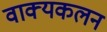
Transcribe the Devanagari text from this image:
वाक्यकलन